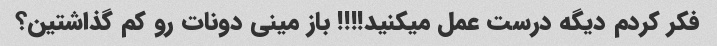
فکر کردم دیگه درست عمل میکنید!!!! باز مینی دونات رو کم گذاشتین؟